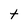
Character: t